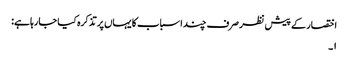
اختصار کے پیش نظر صرف چند اسباب کا یہاں پر تذکرہ کیا جارہا ہے:
۱۔